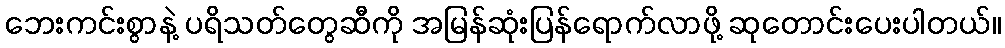
ဘေးကင်းစွာနဲ့ ပရိသတ်တွေဆီကို အမြန်ဆုံးပြန်ရောက်လာဖို့ ဆုတောင်းပေးပါတယ်။